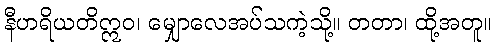
နီဟရိယတိဣဝ၊ မျှောလေအပ်သကဲ့သို့။ တတာ၊ ထို့အတူ။